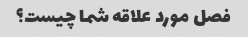
فصل مورد علاقه شما چیست؟